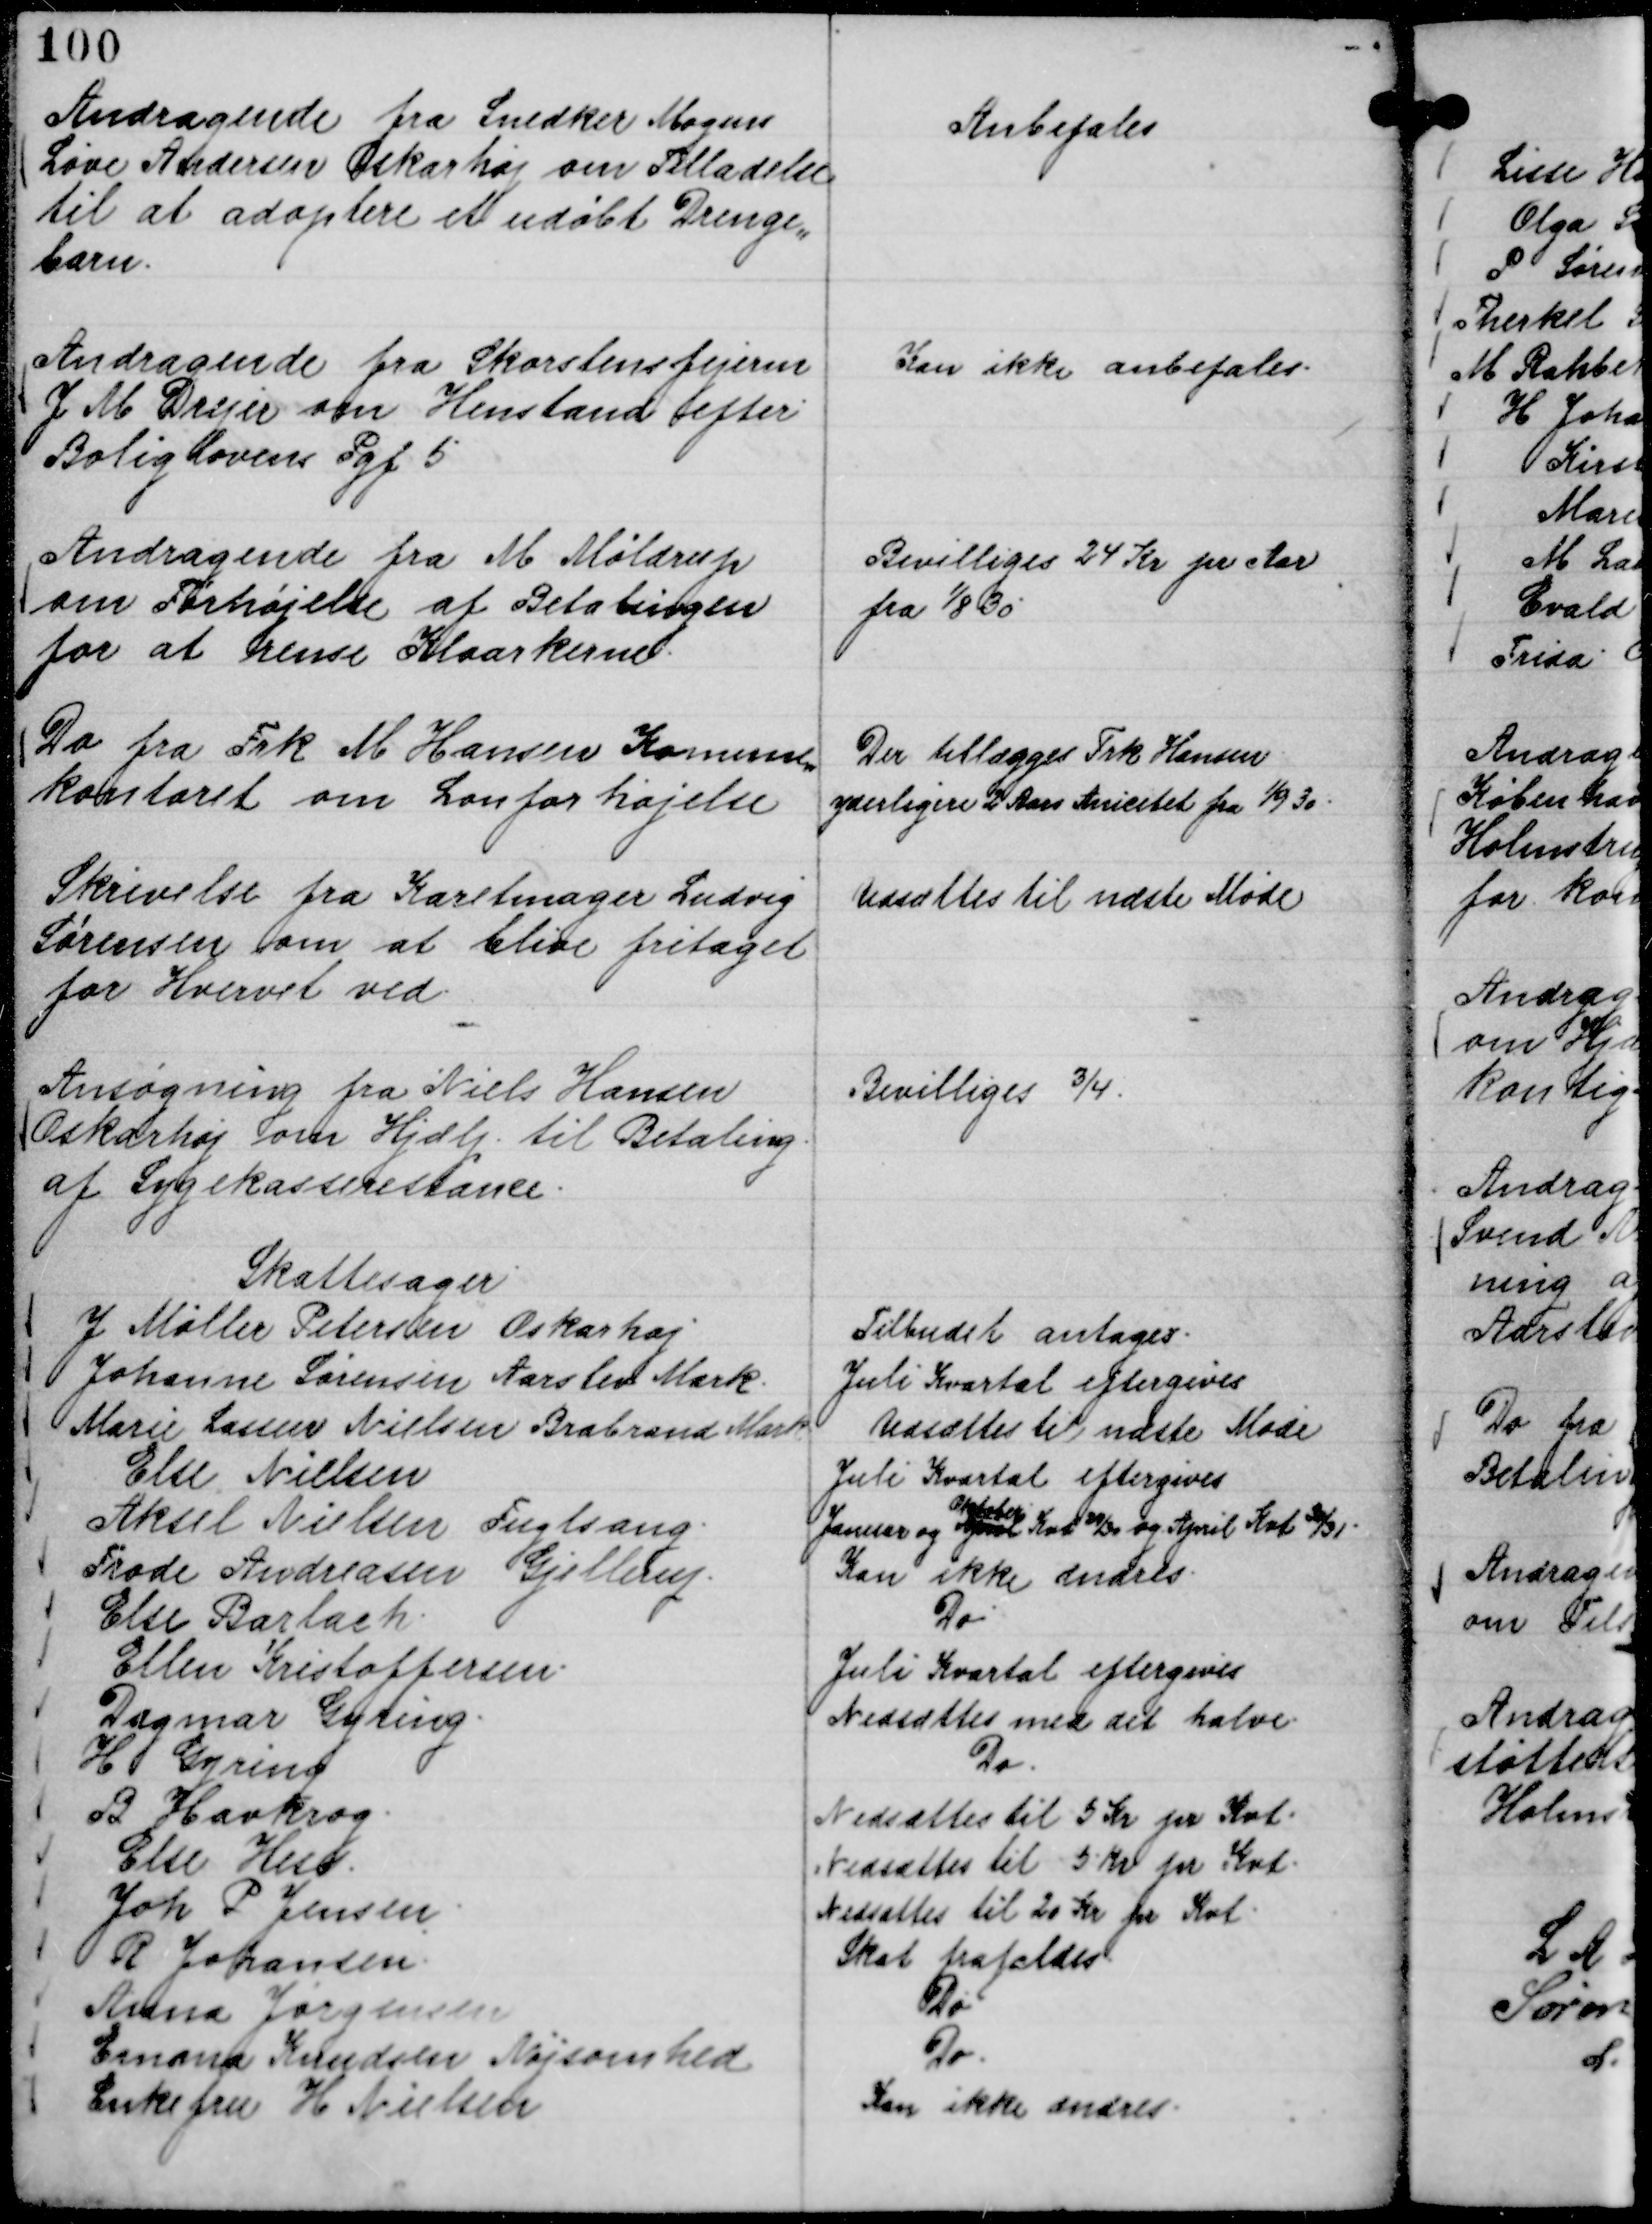
Transskription:
Andragende fra Snedker Mogens
Løve Andersen Oskarhøj om Tilladelse
til at adoptere et udøbt Drenge,,
barn.

Anbefales

Andragende fra Skorstensfejeren
J M Drejer om Henstand efter
Boliglovens Pgf 5

Kan ikke anbefales.

Andragende fra M Møldrup
om Forhøjelse af Betalingen
for at rense Kloarkerne.

Bevilliges 24 Kr pr Aar
fra

1/8 30.

Do fra Frk M Hansen Komune,,
kontoret om Lønforhøjelse

Der tillægges Frk Hansen
yderligere 2 Aars Aniestet fra

1/9 30.

Skrivelse fra Karetmager Ludvig
Sørensen om at blive fritaget
for Hvervet ved.

Udsættes til næste Møde

Ansøgning fra Niels Hansen
Oskarhøj om Hjælp til Betaling
af Sygekasserestance.

Bevilliges ¾.

Skattesager
J Møller Petersen Oskarhøj
Tilbudet antages.
Johanne Sørensen Aarslev Mark.
Juli Kvartal eftergives
Marie Lassen Nielsen Brabrand Mark
Udsættes til næste Møde
Else Nielsen
Juli Kvartal eftergives
Aksel Nielsen Fuglsang.
Januar og April
Oktober
Kvt 29/30 og April Kvt 30/31.
Frode Andreasen Gjellerup.
Kan ikke ændres.
Else Barlach.
Do.
Ellen Kristoffersen.
Juli Kvartal eftergives
Dagmar Gyring.
Nedsættes med det halve.
H Gyring
Do.
B. Havkrog.
Nedsættes til 5 Kr pr Kvt.
Else Hess.
Nedsættes til 5 Kr pr Kvt.
Joh P Jensen.
Nedsættes til 20 Kr pr Kvt.
R Johansen.
Skat frafaldes.
Anna Jørgensen
Do.
Emma Knudsen Nøjsomhed
Do.
Enkefru H Nielsen
Kan ikke ændres.